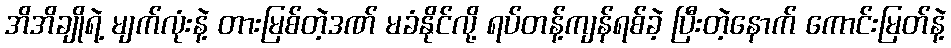
အိအိချိုရဲ့ မျက်လုံးနဲ့ တားမြစ်တဲ့ဒဏ် မခံနိုင်လို့ ရပ်တန့်ကျန်ရစ်ခဲ့ ပြီးတဲ့နောက် ကောင်းမြတ်နဲ့